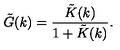
\tilde { G } ( k ) = \frac { \tilde { K } ( k ) } { 1 + \tilde { K } ( k ) } .